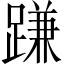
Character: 𨃰